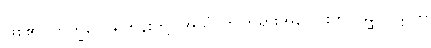
ဖြစ်၏။ ဘိက္ခဝေ၊ ရဟန်းတို့။ အယံ၊ ဤတရားအပေါင်းကို။ မိစ္ဆာပဋိပဒါ၊